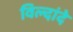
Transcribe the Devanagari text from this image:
विल्दांदे